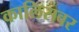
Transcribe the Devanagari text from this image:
कालिसवर